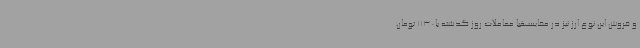
و فروش این نوع ارز نیز در مقایسهبا معاملات روز گذشته با1130 تومان